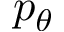
p _ { \theta }